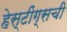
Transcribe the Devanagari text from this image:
हेस्टींग्सची